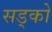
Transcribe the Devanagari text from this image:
सड्को